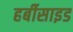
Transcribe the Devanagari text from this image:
हर्बीसाइड